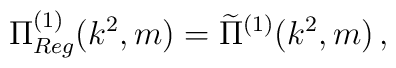
\Pi^{(1)}_{Reg}(k^{2},m) =  \widetilde{\Pi}^{(1)}(k^{2},m) \, ,